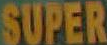
SUPER